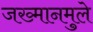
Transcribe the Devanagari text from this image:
जख्मानमुले